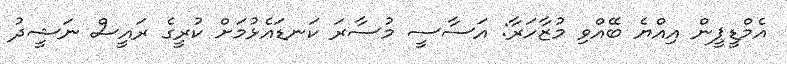
އެމްޑީޕީން އިއްޔެ ބޭއްވި މުޒާހަރާ: އަސާސީ މުސާރަ ކަނޑައެޅުމަށް ކުރީގެ ރައީސް ނަޝީދު